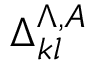
\Delta _ { k l } ^ { \Lambda , A }